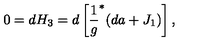
0 = d H _ { 3 } = d \left[ \frac { 1 } { g } ^ { * } ( d a + J _ { 1 } ) \right] ,